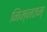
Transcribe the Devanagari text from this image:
निम्नतम्